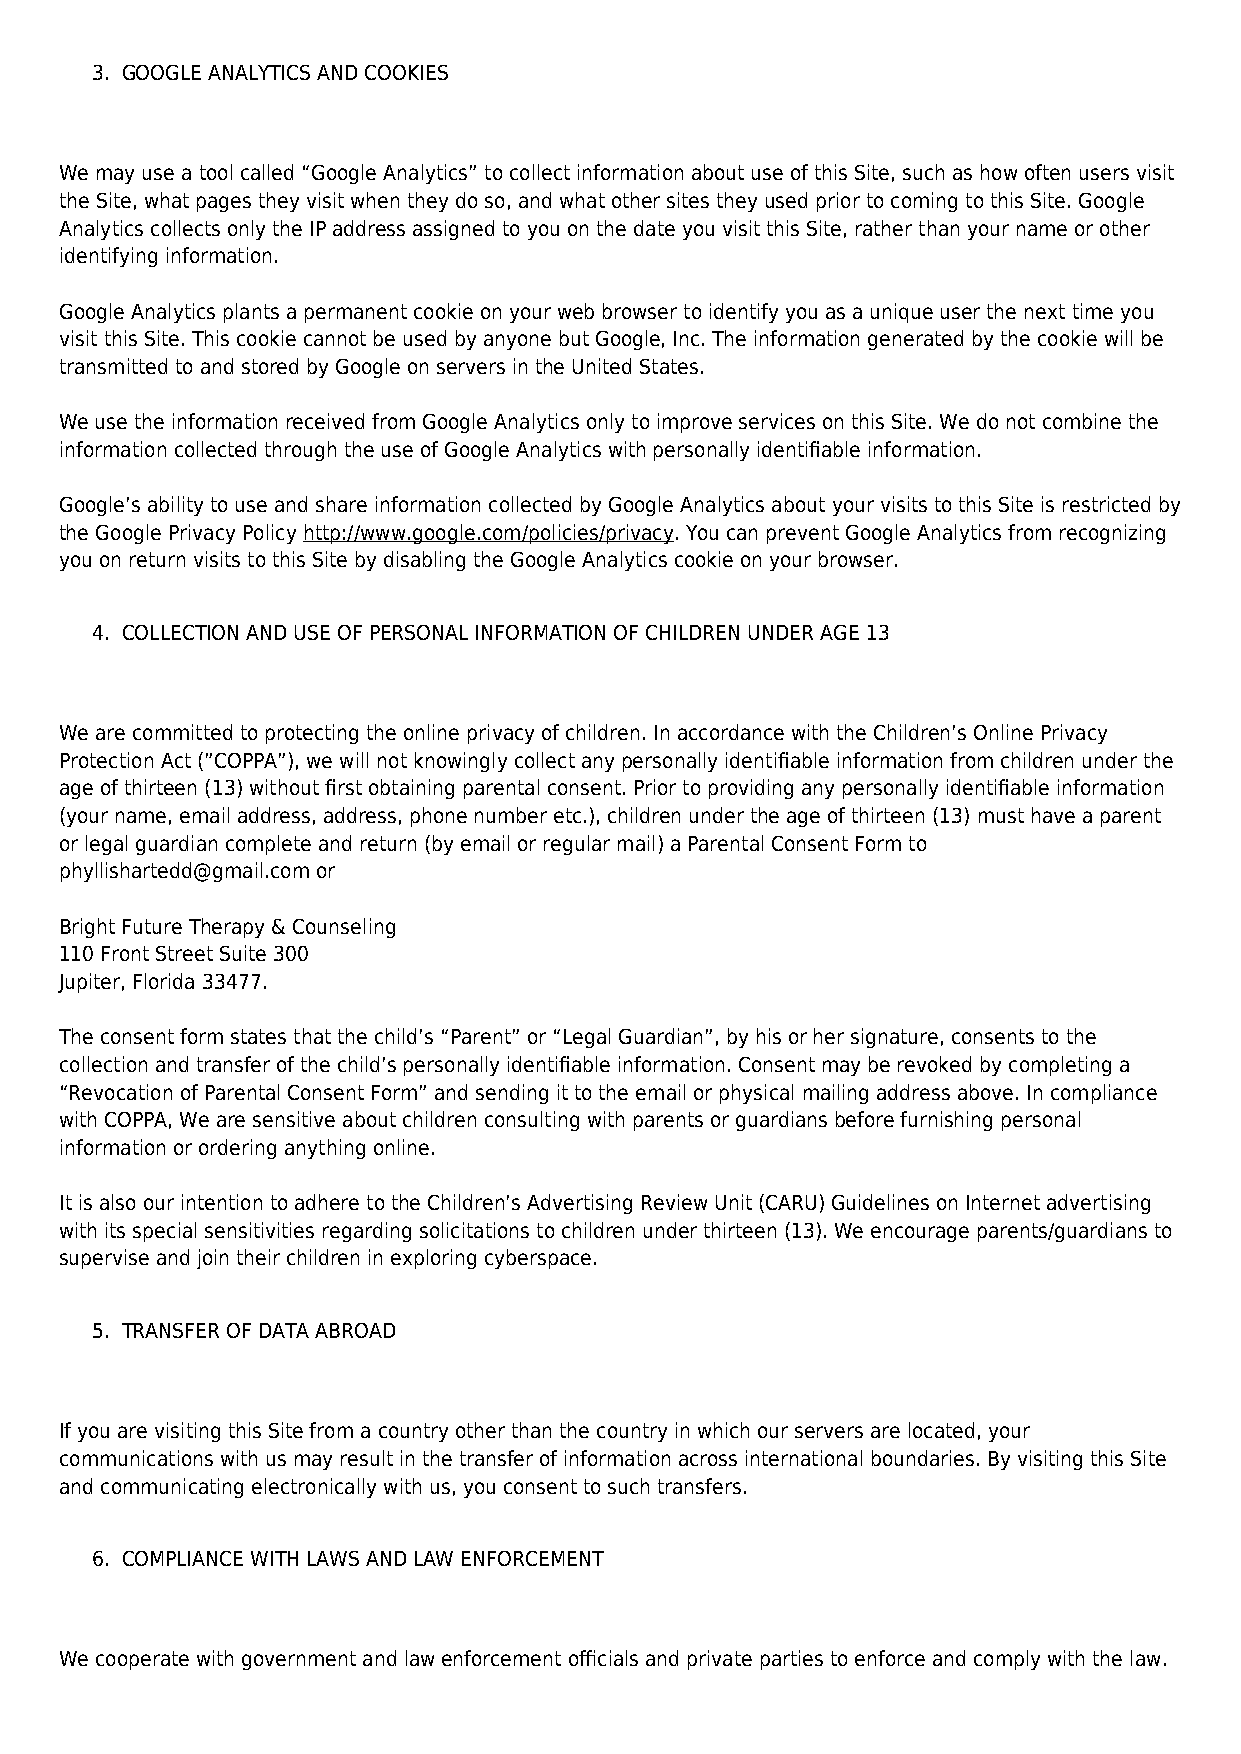
3. GOOGLE ANALYTICS AND COOKIES
 We may use a tool called “Google Analytics” to collect information about use of this Site, such as how often users visit
 the Site, what pages they visit when they do so, and what other sites they used prior to coming to this Site. Google
 Analytics collects only the IP address assigned to you on the date you visit this Site, rather than your name or other
 identifying information.
 Google Analytics plants a permanent cookie on your web browser to identify you as a unique user the next time you
 visit this Site. This cookie cannot be used by anyone but Google, Inc. The information generated by the cookie will be
 transmitted to and stored by Google on servers in the United States.
 We use the information received from Google Analytics only to improve services on this Site. We do not combine the
 information collected through the use of Google Analytics with personally identifiable information.
 Google’s ability to use and share information collected by Google Analytics about your visits to this Site is restricted by
 the Google Privacy Policy http://www.google.com/policies/privacy. You can prevent Google Analytics from recognizing
 you on return visits to this Site by disabling the Google Analytics cookie on your browser.
 4. COLLECTION AND USE OF PERSONAL INFORMATION OF CHILDREN UNDER AGE 13
 We are committed to protecting the online privacy of children. In accordance with the Children’s Online Privacy
 Protection Act (”COPPA”), we will not knowingly collect any personally identifiable information from children under the
 age of thirteen (13) without first obtaining parental consent. Prior to providing any personally identifiable information
 (your name, email address, address, phone number etc.), children under the age of thirteen (13) must have a parent
 or legal guardian complete and return (by email or regular mail) a Parental Consent Form to
 phyllishartedd@gmail.com or
 Bright Future Therapy & Counseling
 110 Front Street Suite 300
 Jupiter, Florida 33477.
 The consent form states that the child’s “Parent” or “Legal Guardian”, by his or her signature, consents to the
 collection and transfer of the child’s personally identifiable information. Consent may be revoked by completing a
 “Revocation of Parental Consent Form” and sending it to the email or physical mailing address above. In compliance
 with COPPA, We are sensitive about children consulting with parents or guardians before furnishing personal
 information or ordering anything online.
 It is also our intention to adhere to the Children’s Advertising Review Unit (CARU) Guidelines on Internet advertising
 with its special sensitivities regarding solicitations to children under thirteen (13). We encourage parents/guardians to
 supervise and join their children in exploring cyberspace.
 5. TRANSFER OF DATA ABROAD
 If you are visiting this Site from a country other than the country in which our servers are located, your
 communications with us may result in the transfer of information across international boundaries. By visiting this Site
 and communicating electronically with us, you consent to such transfers.
 6. COMPLIANCE WITH LAWS AND LAW ENFORCEMENT
 We cooperate with government and law enforcement officials and private parties to enforce and comply with the law.